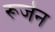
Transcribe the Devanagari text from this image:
रूजेन